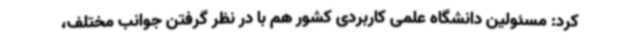
کرد: مسئولین دانشگاه علمی کاربردی کشور هم با در نظر گرفتن جوانب مختلف،